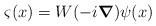
LaTeX: \begin{align*}\varsigma (x) = W(-i \mbox{\boldmath $\nabla$} ) \psi (x)\end{align*}